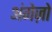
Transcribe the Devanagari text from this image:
अंगेज़ो